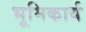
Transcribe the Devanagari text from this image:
भूमिकार्य